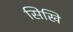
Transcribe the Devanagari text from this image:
सिखि